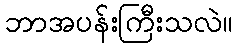
ဘာအပန်းကြီးသလဲ။